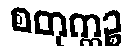
စတုက္ကဉ္စ